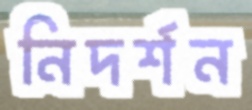
নিদর্শন